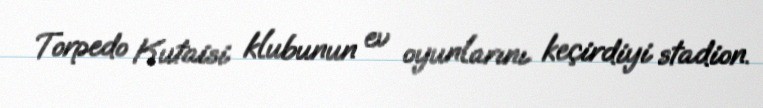
Torpedo Kutaisi klubunun ev oyunlarını keçirdiyi stadion.